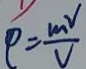
P = \frac { m v } { V }